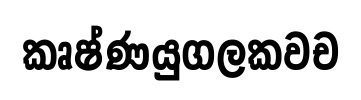
කෘෂ්ණයුගලකවච